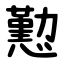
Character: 懃